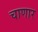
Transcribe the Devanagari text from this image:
चाणार